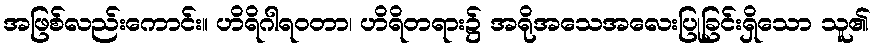
အဖြစ်လည်းကောင်း။ ဟိရိဂါရဝတာ၊ ဟိရိတရား၌ အရိုအသေအလေးပြုခြင်းရှိသော သူ၏